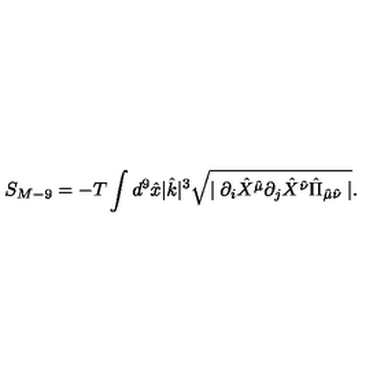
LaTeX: S _ { M - 9 } = - T \int d ^ { 9 } \hat { x } | \hat { k } | ^ { 3 } \sqrt { \mid \partial _ { i } \hat { X } ^ { \hat { \mu } } \partial _ { j } \hat { X } ^ { \hat { \nu } } \hat { \Pi } _ { \hat { \mu } \hat { \nu } } \mid } .